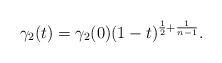
LaTeX: \begin{align*}\gamma_{2}(t) = \gamma_{2}(0) (1-t)^{\frac 12 + \frac{1}{n-1}}.\end{align*}